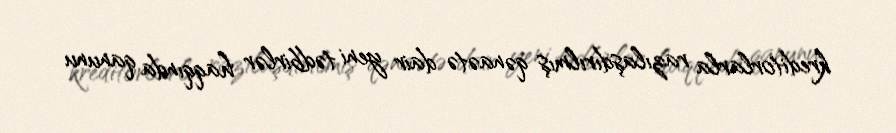
kreditorlarla razılaşdırılmış qənaətə dair yeni tədbirlər haqqında qanunu